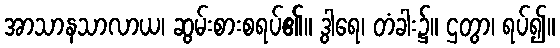
အာသာနသာလာယ၊ ဆွမ်းစားစရပ်၏။ ဒွါရေ၊ တံခါး၌။ ဌတွာ၊ ရပ်၍။